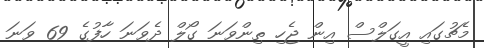
މެޗުގައި އީގަލްސް އިން ޖެހި ތިންވަނަ ގޯލް ދެވަނަ ހާފުގެ 69 ވަނަ